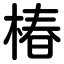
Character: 椿